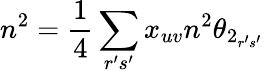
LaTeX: n^{2}=\frac{1}{4}\sum_{r^{\prime}s^{\prime}}x_{uv}n^{2}\theta_{2_{r^{\prime}s^{\prime}}}